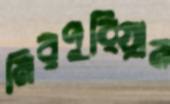
মিরপুরিয়ান